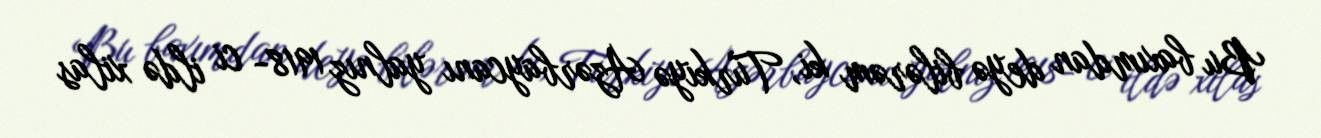
Bu baxımdan deyə bilərəm ki, Türkiyə Azərbaycanı yalnız 1918- ci ildə xilas